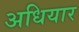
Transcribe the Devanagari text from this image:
अधियार